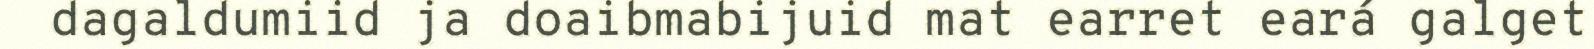
dagaldumiid ja doaibmabijuid mat earret eará galget